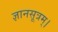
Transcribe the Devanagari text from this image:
ज्ञानसूत्रम्।